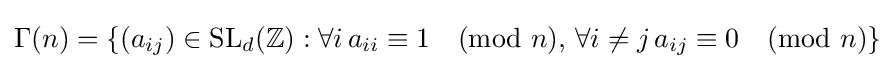
\Gamma (n)=\left\{(a_{ij})\in \mathrm {SL} _{d}(\mathbb {Z} ):\forall i\,a_{ii}\equiv 1{\pmod {n}},\,\forall i\neq j\,a_{ij}\equiv 0{\pmod {n}}\right\}